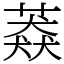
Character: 䔸